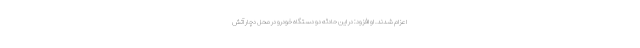
اعزام شدند. او افزود: در این حادثه دو دستگاه خودرو در محل دچار آتش